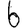
Digit: 6